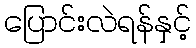
ပြောင်းလဲရန်နှင့်